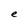
Character: e